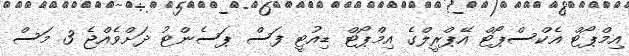
އިމްޕޯޓް އެކްސްޕޯޓް އޭޕްރީލްގެ އިމްޕޯޓް ޑިއުޓީ ފަސް ޕަސެންޓު ދަށްވެއްޖެ 3 މަސް